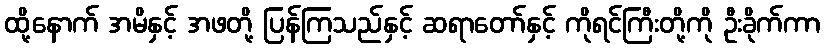
ထို့နောက် အမိနှင့် အဖတို့ ပြန်ကြသည်နှင့် ဆရာတော်နှင့် ကိုရင်ကြီးတို့ကို ဦးခိုက်ကာ